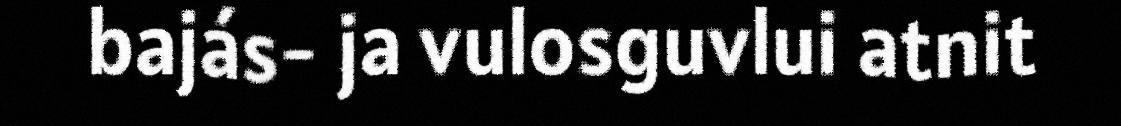
bajás- ja vulosguvlui atnit